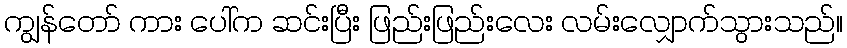
ကျွန်တော် ကား ပေါ်က ဆင်းပြီး ဖြည်းဖြည်းလေး လမ်းလျှောက်သွားသည်။